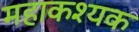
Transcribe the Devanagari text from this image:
महाकश्यक